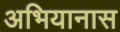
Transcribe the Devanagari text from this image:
अभियानास